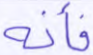
فأنه